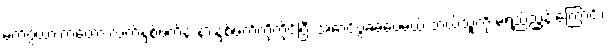
မက်ဂွဲယားကတော့ လက်နှစ်ဖက်နဲ့ နားနှစ်ဖက်ကိုကိုင်ပြီး အောင်ပွဲခံခဲ့ပေမယ့် ဘယ်သူ့ကို မရည်ညွှန်းကြောင်း၊